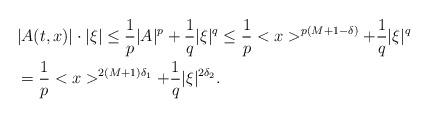
LaTeX: \begin{align*}& |A(t,x)|\cdot|\xi| \leq \frac{1}{p}|A|^p + \frac{1}{q}|\xi|^q \leq \frac{1}{p}<x>^{p(M+1-\delta)} + \frac{1}{q}|\xi|^q \\&= \frac{1}{p}<x>^{2(M+1)\delta_1} + \frac{1}{q}|\xi|^{2\delta_2}.\end{align*}